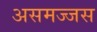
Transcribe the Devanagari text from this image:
असमज्जस